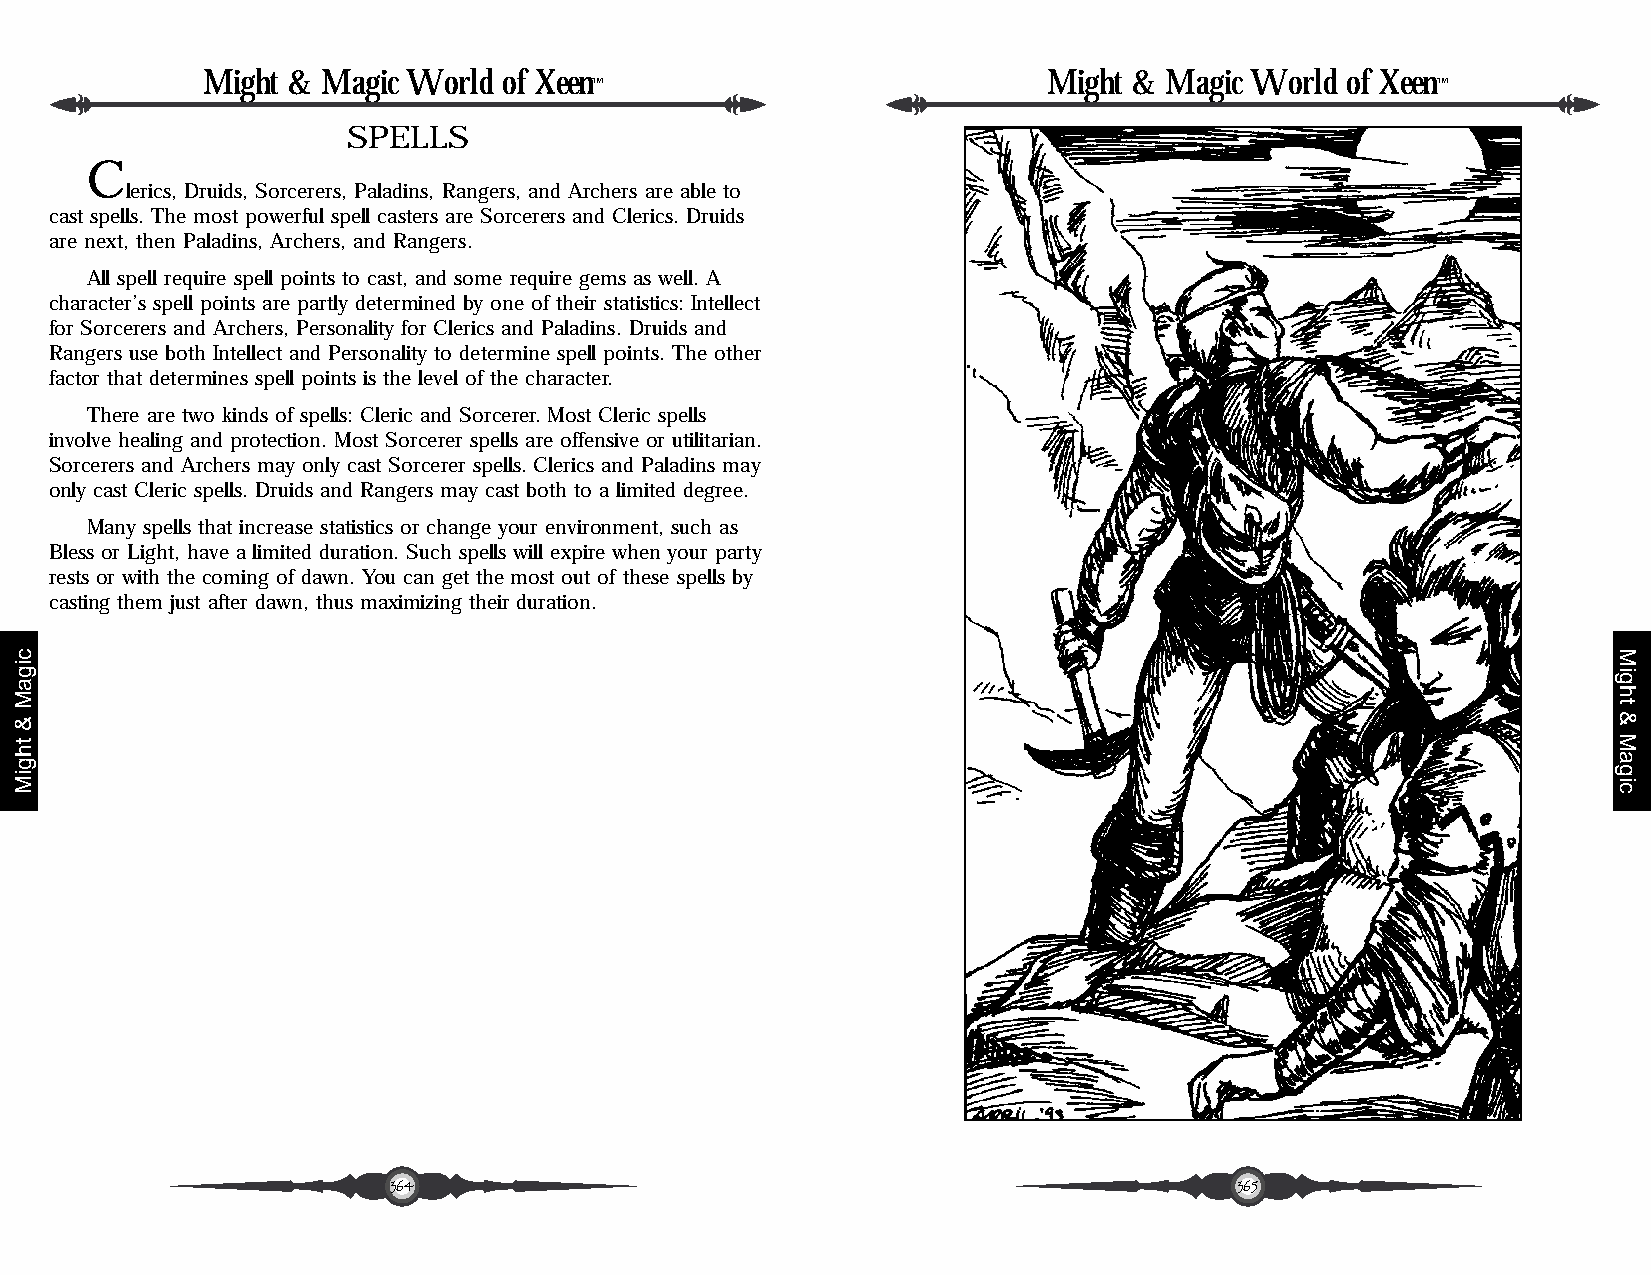
Might & Magic World of Xeen                             Might & Magic World of Xeen
 ™                                                       ™
 SPELLS
 C
 lerics, Druids, Sorcerers, Paladins, Rangers, and Archers are able to
 cast spells. The most powerful spell casters are Sorcerers and Clerics. Druids
 are next, then Paladins, Archers, and Rangers.
 All spell require spell points to cast, and some require gems as well. A
 character’s spell points are partly determined by one of their statistics: Intellect
 for Sorcerers and Archers, Personality for Clerics and Paladins. Druids and
 Rangers use both Intellect and Personality to determine spell points. The other
 factor that determines spell points is the level of the character.
 There are two kinds of spells: Cleric and Sorcerer. Most Cleric spells
 involve healing and protection. Most Sorcerer spells are offensive or utilitarian.
 Sorcerers and Archers may only cast Sorcerer spells. Clerics and Paladins may
 only cast Cleric spells. Druids and Rangers may cast both to a limited degree.
 Many spells that increase statistics or change your environment, such as
 Bless or Light, have a limited duration. Such spells will expire when your party
 rests or with the coming of dawn. You can get the most out of these spells by
 casting them just after dawn, thus maximizing their duration.
 364                                                     365
 cigaM
 &
 thgiM
 Might
 &
 Magic